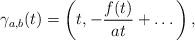
LaTeX: \begin{align*}\gamma_{a,b}(t)=\left(t,-\frac{f(t)}{at}+\dots\right),\end{align*}